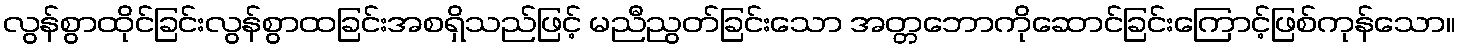
လွန်စွာထိုင်ခြင်းလွန်စွာထခြင်းအစရှိသည်ဖြင့် မညီညွတ်ခြင်းသော အတ္တဘောကိုဆောင်ခြင်းကြောင့်ဖြစ်ကုန်သော။